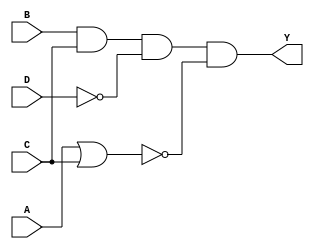
module Combo_str(
    input A, B, C, D,
    output Y);

wire w1, w2, w3;

nor(w1, A, C);
not(w2, D);
and(w3, B, C, w2);
and(Y, w3, w1);

endmodule